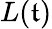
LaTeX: L(\mathfrak{t})